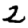
Digit: 2